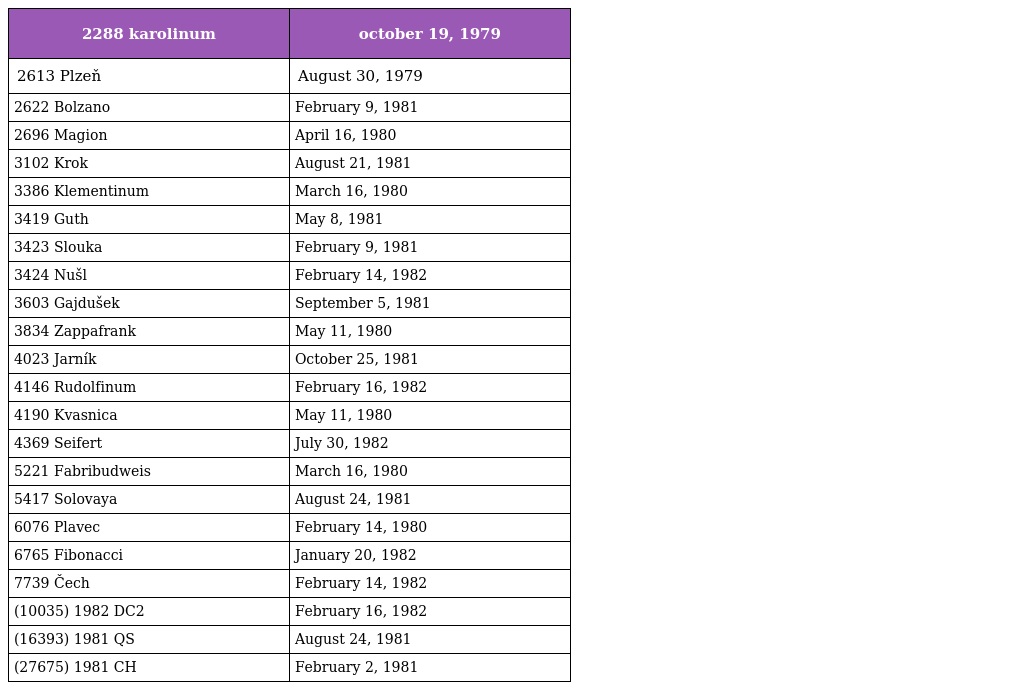
| 2288 karolinum | october 19, 1979 |
 | --- | --- |
 | 2613 Plzeň | August 30, 1979 |
 | 2622 Bolzano | February 9, 1981 |
 | 2696 Magion | April 16, 1980 |
 | 3102 Krok | August 21, 1981 |
 | 3386 Klementinum | March 16, 1980 |
 | 3419 Guth | May 8, 1981 |
 | 3423 Slouka | February 9, 1981 |
 | 3424 Nušl | February 14, 1982 |
 | 3603 Gajdušek | September 5, 1981 |
 | 3834 Zappafrank | May 11, 1980 |
 | 4023 Jarník | October 25, 1981 |
 | 4146 Rudolfinum | February 16, 1982 |
 | 4190 Kvasnica | May 11, 1980 |
 | 4369 Seifert | July 30, 1982 |
 | 5221 Fabribudweis | March 16, 1980 |
 | 5417 Solovaya | August 24, 1981 |
 | 6076 Plavec | February 14, 1980 |
 | 6765 Fibonacci | January 20, 1982 |
 | 7739 Čech | February 14, 1982 |
 | (10035) 1982 DC2 | February 16, 1982 |
 | (16393) 1981 QS | August 24, 1981 |
 | (27675) 1981 CH | February 2, 1981 |